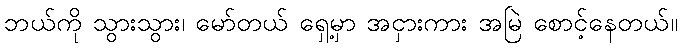
ဘယ်ကို သွားသွား၊ မော်တယ် ရှေ့မှာ အငှားကား အမြဲ စောင့်နေတယ်။